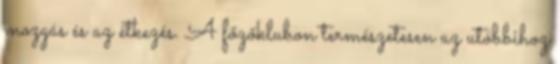
mozgás és az étkezés. A főzőklubon természetesen az utóbbihoz